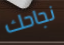
نجاحك